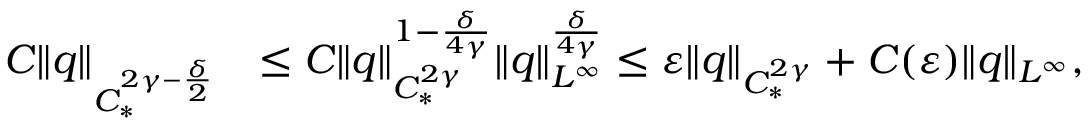
\begin{array} { r l } { C \| q \| _ { C _ { * } ^ { 2 \gamma - \frac { \delta } { 2 } } } } & { \leq C \| q \| _ { C _ { * } ^ { 2 \gamma } } ^ { 1 - \frac { \delta } { 4 \gamma } } \| q \| _ { L ^ { \infty } } ^ { \frac { \delta } { 4 \gamma } } \leq \varepsilon \| q \| _ { C _ { * } ^ { 2 \gamma } } + C ( \varepsilon ) \| q \| _ { L ^ { \infty } } , } \end{array}